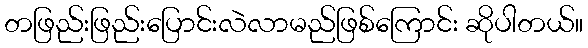
တဖြည်းဖြည်းပြောင်းလဲလာမည်ဖြစ်ကြောင်း ဆိုပါတယ်။